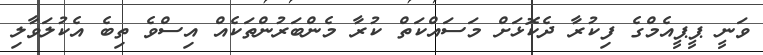
ވަނީ ޕީޕީއެމްގެ ފިކުރާ ދެކޮޅަށް މަސައްކަތް ކުރާ މެންބަރުންތަކެއް އިސްވެ ތިބެ އެކުލަވާލި